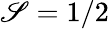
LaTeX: \mathscr{S}=1/2